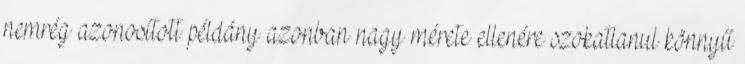
nemrég azonosított példány azonban nagy mérete ellenére szokatlanul könnyű